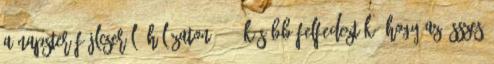
a Napster fájlcserélő hálózaton. 13 Később felfedezték, hogy az összes